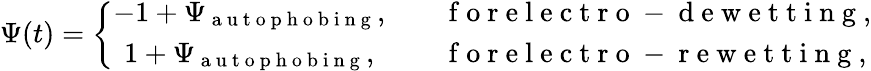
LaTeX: \Psi(t)=\left\{ \begin{array}{cl}{-1+\Psi_{\mathrm{~a~u~t~o~p~h~o~b~i~n~g~}},}&{\quad\mathrm{~f~o~r~e~l~e~c~t~r~o~-~d~e~w~e~t~t~i~n~g~},}\\ {1+\Psi_{\mathrm{~a~u~t~o~p~h~o~b~i~n~g~}},}&{\quad\mathrm{~f~o~r~e~l~e~c~t~r~o~-~r~e~w~e~t~t~i~n~g~},}\end{array}\right.